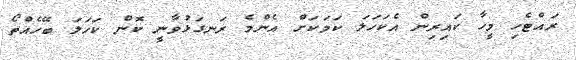
ރައްޓެހި މީހާ ކައިރިން އެކަހަލަ ކަމަކަށް އެންމެ ރަނގަޅުވާނީ ކޮން ކަހަލަ ބޭހެއްތޯ